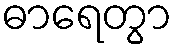
ဓာရေတွာ